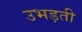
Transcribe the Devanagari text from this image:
उभड़ती